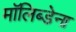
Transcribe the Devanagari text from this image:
मॉलिब्डेना